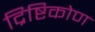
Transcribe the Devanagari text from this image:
द्रिष्टिकोण